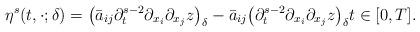
LaTeX: \begin{align*}\eta^{s}(t, \cdot; \delta) =\big(\bar{a}_{ij} \partial_{t}^{s - 2} \partial_{x_{i}} \partial_{x_{j}} z\big)_{\delta} -\bar{a}_{ij} \big(\partial_{t}^{s - 2} \partial_{x_{i}} \partial_{x_{j}} z\big)_{\delta} t \in [0, T]. \end{align*}